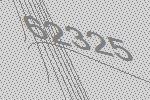
62325